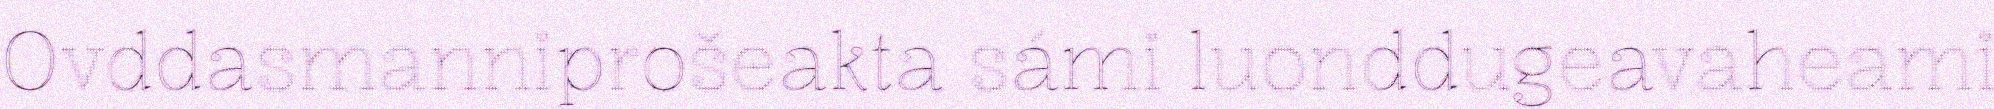
Ovddasmanniprošeakta sámi luonddugeavaheami